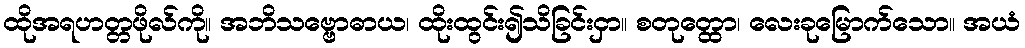
ထိုအရဟတ္တဖိုလ်ကို။ အဘိသဗ္ဗောဓာယ၊ ထိုးထွင်း၍သိခြင်းငှာ။ စတုတ္ထော၊ လေးခုမြောက်သော။ အယံ